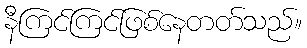
နီကြင်ကြင်ဖြစ်နေတတ်သည်။